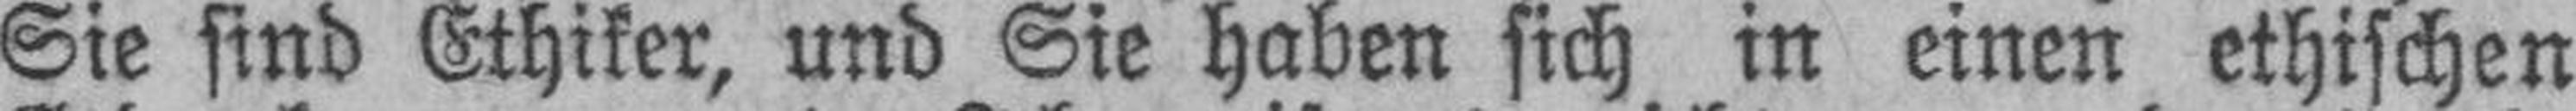
Sie sind Ethiker, und Sie haben sich in einen ethischen